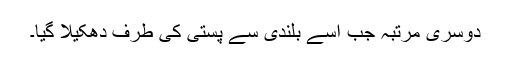
دوسری مرتبہ جب اسے بلندی سے پستی کی طرف دھکیلا گیا۔